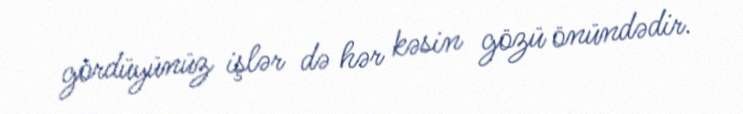
gördüyünüz işlər də hər kəsin gözü önündədir.